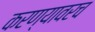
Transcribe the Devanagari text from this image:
करण्यावरच